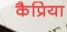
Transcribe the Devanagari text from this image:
कैप्रिया